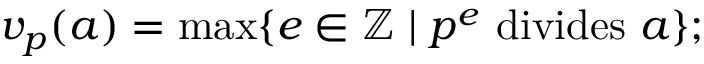
v _ { p } ( a ) = \operatorname* { m a x } \{ e \in \mathbb { Z } \mid p ^ { e } { \mathrm { ~ d i v i d e s ~ } } a \} ;